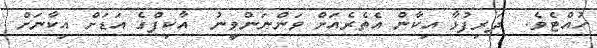
ހުއްޓެވެ.  ދަރިފުޅާ އިކާން އެތެރެއަށް ވަންނަންވީނު  އާކިފްގެ އަޑަށް އިކާނަށް